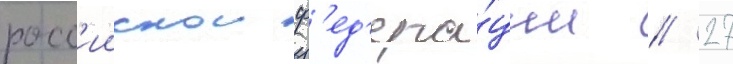
росс'иискои ф'ед'ера́ции // 27